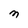
Character: M